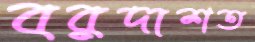
বরদাশত